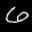
Label: 6